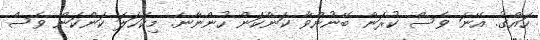
ހައްގު. އޭނަ ވެސް ކުރަން ބޭނުންވާ ކަންކަން ހުންނާނެ. މިކަހަލަ ކަންކަން ވެސް